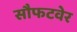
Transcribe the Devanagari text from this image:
सौफटवेर